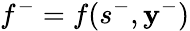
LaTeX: f^{-}=f(s^{-},\mathbf{y}^{-})